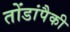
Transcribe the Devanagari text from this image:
तोंडांपैकी